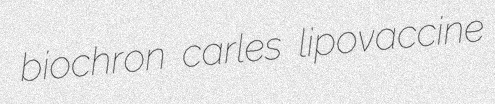
biochron carles lipovaccine